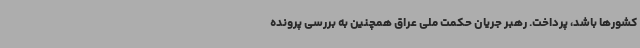
کشورها باشد، پرداخت. رهبر جریان حکمت ملی عراق همچنین به بررسی پرونده